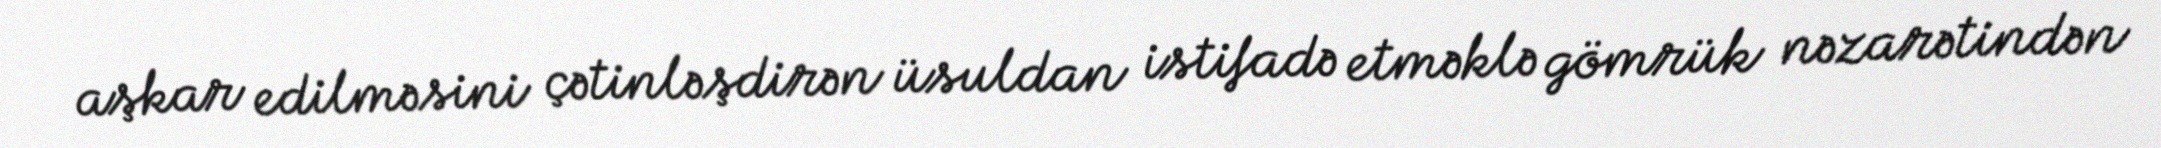
aşkar edilməsini çətinləşdirən üsuldan istifadə etməklə gömrük nəzarətindən